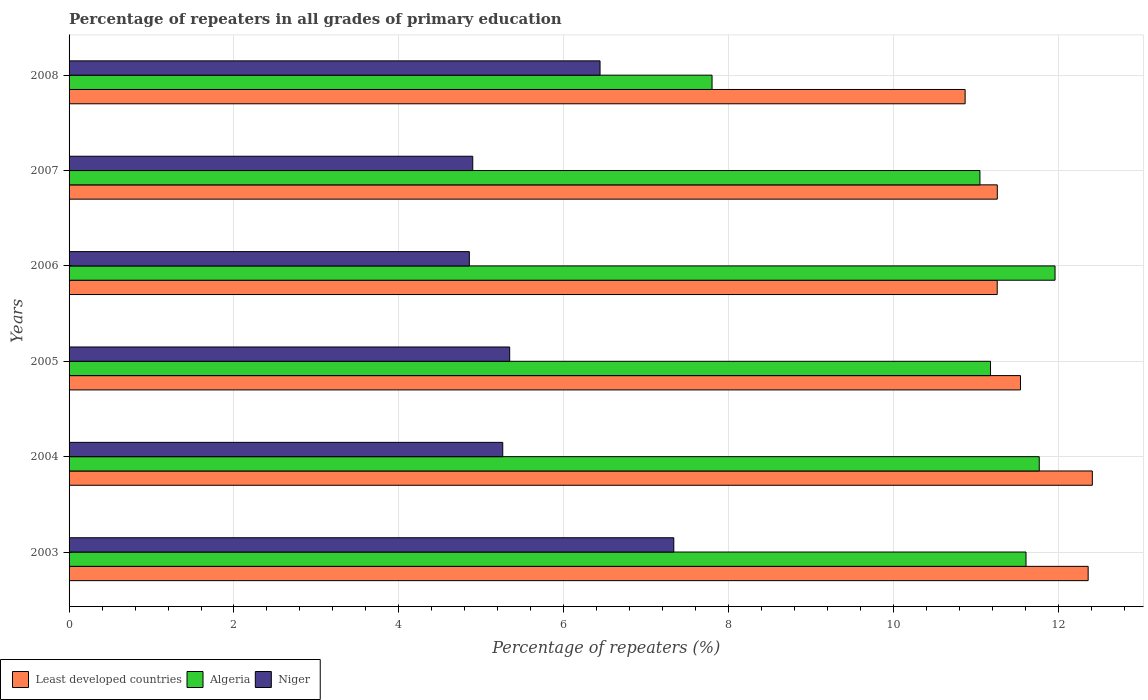
| Years | Least developed countries | Algeria | Niger |
 | --- | --- | --- | --- |
 | 2003 | 12.4 | 11.6 | 7.33 |
 | 2004 | 12.4 | 11.8 | 5.26 |
 | 2005 | 11.5 | 11.2 | 5.34 |
 | 2006 | 11.3 | 12 | 4.85 |
 | 2007 | 11.3 | 11 | 4.9 |
 | 2008 | 10.9 | 7.8 | 6.44 |